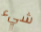
شيء